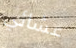
عشائي